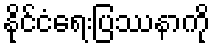
နိုင်ငံရေးပြဿနာကို